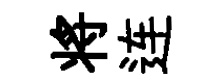
将连